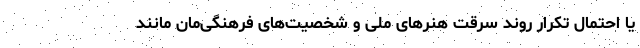
یا احتمال تکرار روندِ سرقت هنرهای ملی و شخصیت‌های فرهنگی‌مان مانند